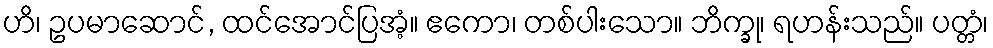
ဟိ၊ ဥပမာဆောင်, ထင်အောင်ပြအံ့။ ဧကော၊ တစ်ပါးသော။ ဘိက္ခု၊ ရဟန်းသည်။ ပတ္တံ၊